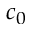
c _ { 0 }